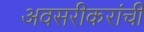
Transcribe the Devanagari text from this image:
अवसरीकरांची